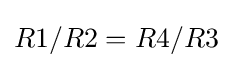
R1/R2=R4/R3